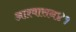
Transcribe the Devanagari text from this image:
आश्वासन४१